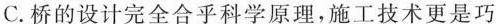
C.桥的设计完全合乎科学原理，施工技术更是巧